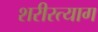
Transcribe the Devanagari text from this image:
शरीरत्याग